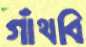
গাঁথবি